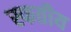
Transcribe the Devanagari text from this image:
स्फतीय